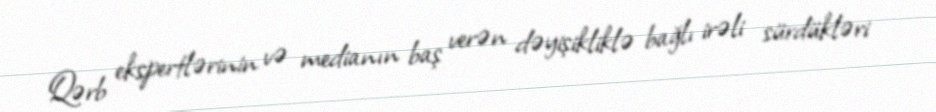
Qərb ekspertlərinin və medianın baş verən dəyişikliklə bağlı irəli sürdükləri